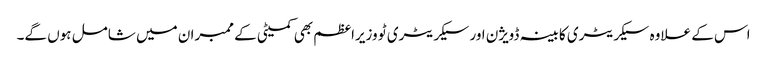
اس کے علاوہ سیکریٹری کابینہ ڈویژن اور سیکریٹری ٹو وزیراعظم بھی کمیٹی کے ممبران میں شامل ہوں گے۔